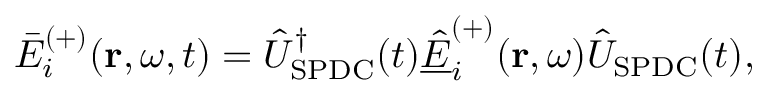
\bar { E } _ { i } ^ { ( + ) } ( \mathbf { r } , \omega , t ) = \hat { U } _ { \mathrm { S P D C } } ^ { \dagger } ( t ) \underline { { \hat { E } } } _ { i } ^ { ( + ) } ( \mathbf { r } , \omega ) \hat { U } _ { \mathrm { S P D C } } ( t ) ,